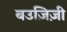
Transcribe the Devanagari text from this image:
बउज़िज़ी